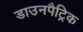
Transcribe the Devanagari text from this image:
डाउनपैट्रिक